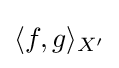
{\textstyle \langle f,g\rangle _{X^{\prime }}}